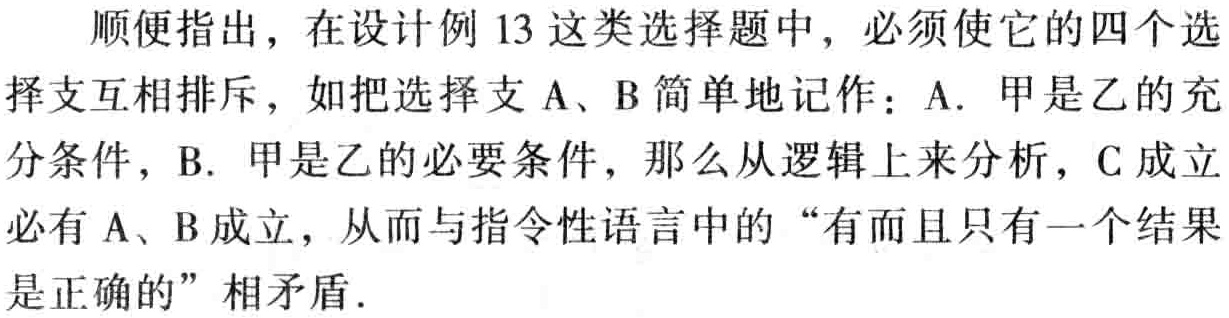
顺便指出，在设计例 13 这类选择题中，必须使它的四个选择支互相排斥，如把选择支 A、B 简单地记作：A. 甲是乙的充分条件，B. 甲是乙的必要条件，那么从逻辑上来分析，C 成立必有 A、B 成立，从而与指令性语言中的“有而且只有一个结果是正确的”相矛盾.